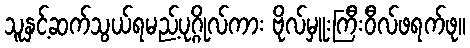
သူနှင့်ဆက်သွယ်ရမည့်ပုဂ္ဂိုလ်ကား ဗိုလ်မှူးကြီးဝီလ်ဖရက်ဖု။